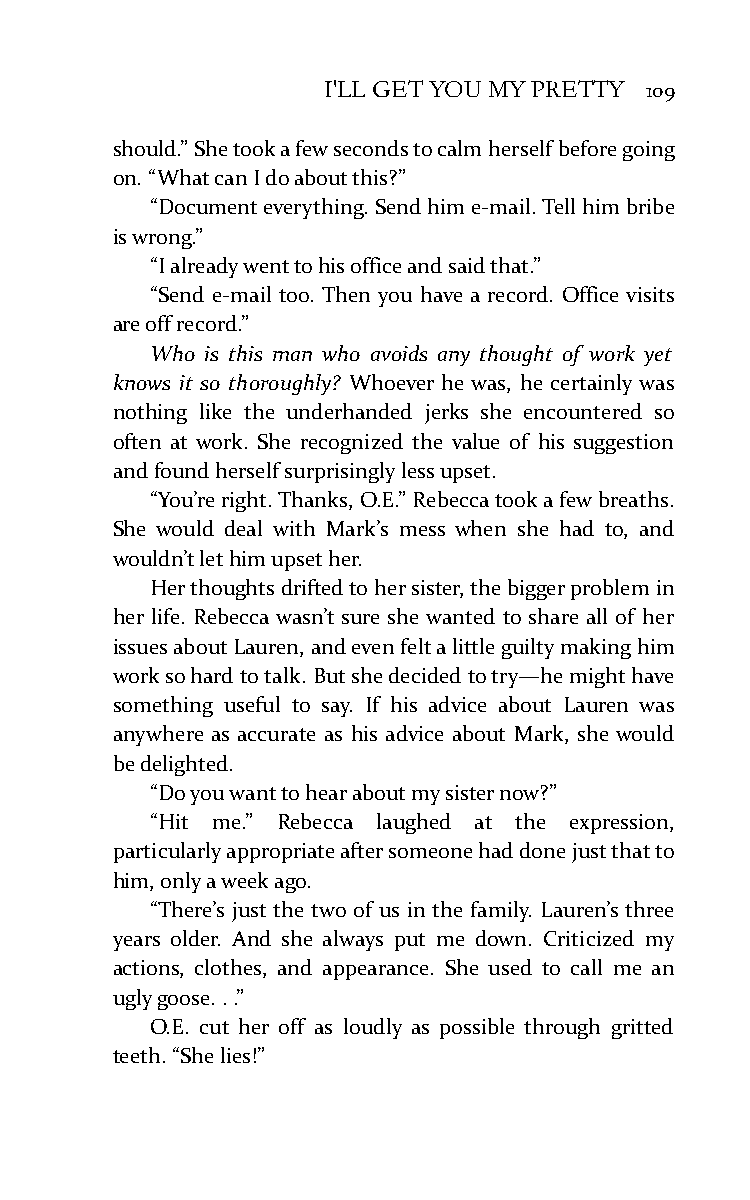
I'LL GET YOU MY PRETTY 109
 should.” She took a few seconds to calm herself before going
 on. “What can I do about this?”
 “Document everything. Send him e-mail. Tell him bribe
 is wrong.”
 “I already went to his office and said that.”
 “Send e-mail too. Then you have a record. Office visits
 are off record.”
 Who is this man who avoids any thought of work yet
 knows it so thoroughly? Whoever he was, he certainly was
 nothing like the underhanded jerks she encountered so
 often at work. She recognized the value of his suggestion
 and found herself surprisingly less upset.
 “You’re right. Thanks, O.E.” Rebecca took a few breaths.
 She would deal with Mark’s mess when she had to, and
 wouldn’t let him upset her.
 Her thoughts drifted to her sister, the bigger problem in
 her life. Rebecca wasn’t sure she wanted to share all of her
 issues about Lauren, and even felt a little guilty making him
 work so hard to talk. But she decided to try—he might have
 something useful to say. If his advice about Lauren was
 anywhere as accurate as his advice about Mark, she would
 be delighted.
 “Do you want to hear about my sister now?”
 “Hit me.” Rebecca laughed at the expression,
 particularly appropriate after someone had done just that to
 him, only a week ago.
 “There’s just the two of us in the family. Lauren’s three
 years older. And she always put me down. Criticized my
 actions, clothes, and appearance. She used to call me an
 ugly goose. . .”
 O.E. cut her off as loudly as possible through gritted
 teeth. “She lies!”